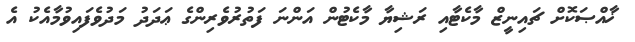
ޚާއްޞަކޮށް ޗައިނީޒް މާކެޓާއި ރަޝިޔާ މާކެޓުން އަންނަ ފަތުރުވެރިންގެ ޢަދަދު މަދުވެފައިވުމާއެކު އެ